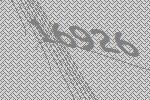
16926